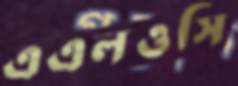
এএলওসি